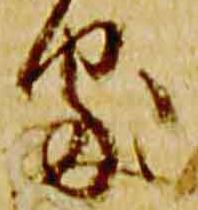
処